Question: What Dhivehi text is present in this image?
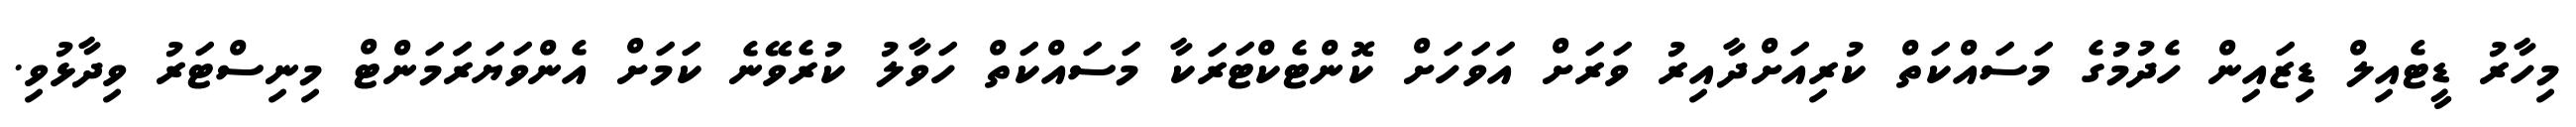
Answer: މިހާރު ޑީޓެއިލް ޑިޒައިން ހެދުމުގެ މަސައްކަތް ކުރިއަށްދާއިރު ވަރަށް އަވަހަށް ކޮންޓެކްޓަރަކާ މަސައްކަތް ހަވާލު ކުރެވޭނެ ކަމަށް އެންވަޔަރަަމަންޓް މިނިސްޓަރު ވިދާޅުވި.